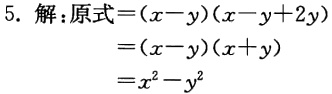
\[

\begin{align*}

\text{解：原式}&=(x - y)(x - y + 2y)\\

&=(x - y)(x + y)\\

&=x^{2}-y^{2}

\end{align*}

\]